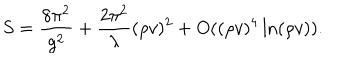
S = \frac { 8 \pi ^ { 2 } } { g ^ { 2 } } + \frac { 2 \pi ^ { 2 } } { \lambda } ( \rho v ) ^ { 2 } + O ( ( \rho v ) ^ { 4 } \ln ( \rho v ) ) .